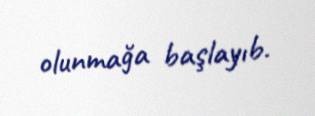
olunmağa başlayıb.